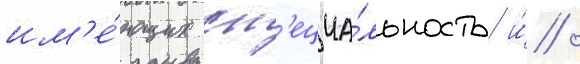
им'е́ющих сп'ециа́льность и́ /